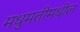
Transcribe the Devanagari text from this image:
मधुमतीमधील